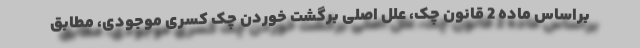
براساس ماده 2 قانون چک، علل اصلی برگشت خوردن چک کسری موجودی، مطابق